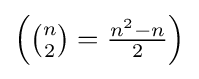
\left(\textstyle {\binom {n}{2}}={\frac {n^{2}-n}{2}}\right)